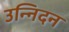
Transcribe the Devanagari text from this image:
उन्निदन